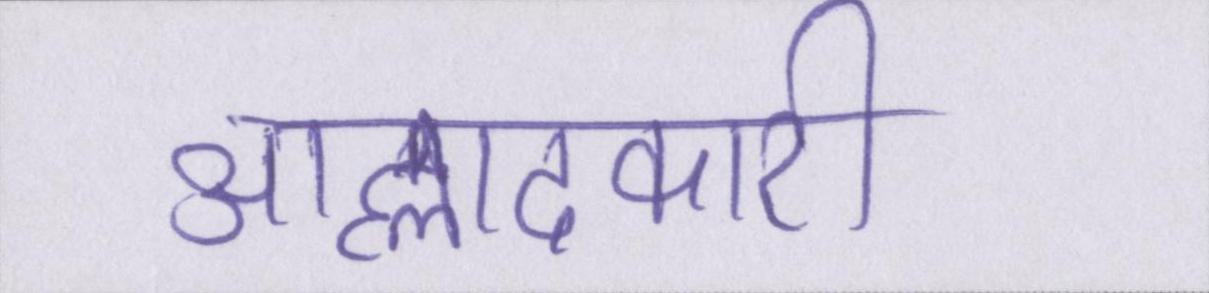
आह्लादकारी